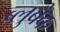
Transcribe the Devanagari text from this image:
ब्लुबैक